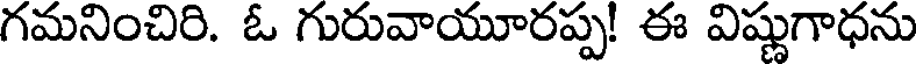
గమనించిరి. ఓ గురువాయూరప్ప! ఈ విష్ణుగాధను